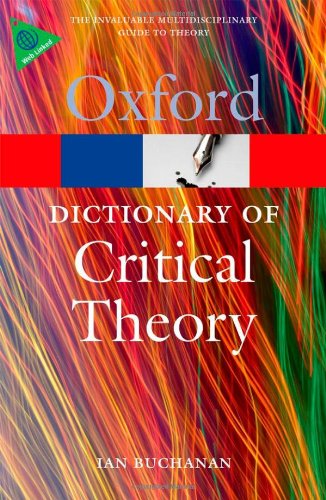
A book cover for A Dictionary of Critical Theory (Oxford Paperback Reference); Ian Buchanan; Literature & Fiction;